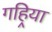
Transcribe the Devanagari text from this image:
गहिर्‍या